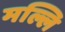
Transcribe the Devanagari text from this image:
मल्लि